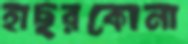
হাছরকোনা